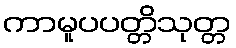
ကာမူပပတ္တိသုတ္တ